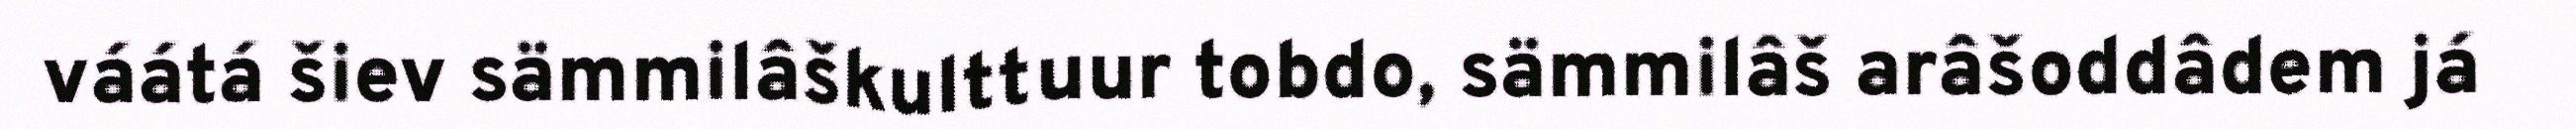
váátá šiev sämmilâškulttuur tobdo, sämmilâš arâšoddâdem já